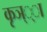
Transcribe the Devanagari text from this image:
कृञ््‌ा